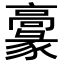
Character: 𩫞